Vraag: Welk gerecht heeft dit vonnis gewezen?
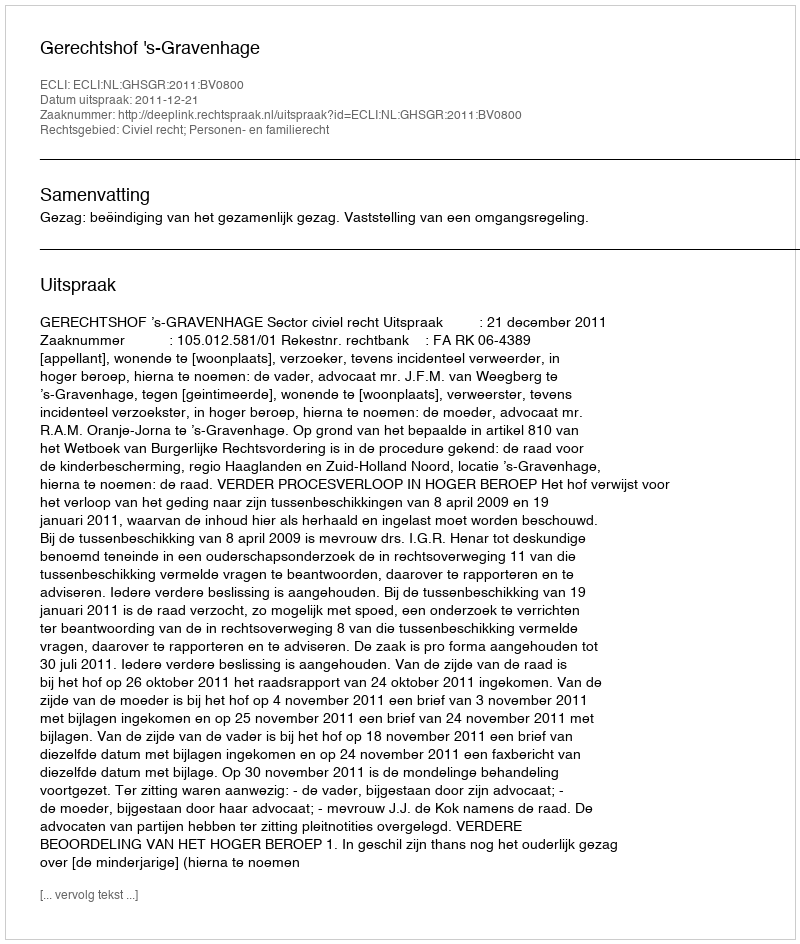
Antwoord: Gerechtshof 's-Gravenhage